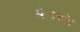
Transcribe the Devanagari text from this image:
श्रोतव्यो